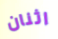
اثنان